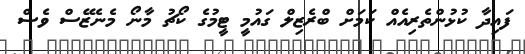
ފައިދާ ކުޅުންތެރިއެއް ކަމަށް ބްރެޒިލް ގައުމީ ޓީމުގެ ކޯޗު މާނޯ މެނެޒޭސް ވެސް